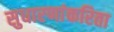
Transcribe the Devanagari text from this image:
सुधारणांकरिता